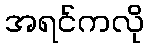
အရင်ကလို